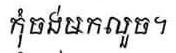
កុំចង់មកលួច។